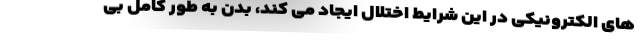
های الکترونیکی در این شرایط اختلال ایجاد می کند، بدن به طور کامل بی